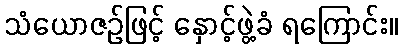
သံယောဇဉ်ဖြင့် နှောင့်ဖွဲ့ခံ ရကြောင်း။